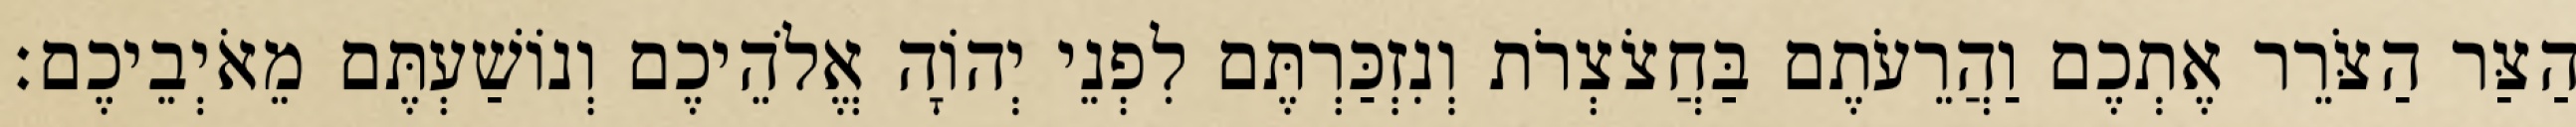
הַצַּר הַצֹּרֵר אֶתְכֶם וַהֲרֵעֹתֶם בַּחֲצֹצְרֹת וְנִזְכַּרְתֶּם לִפְנֵי יְהוָֹה אֱלֹהֵיכֶם וְנוֹשַׁעְתֶּם מֵאֹיְבֵיכֶם׃